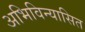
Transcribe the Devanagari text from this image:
अभिविन्यासित